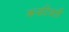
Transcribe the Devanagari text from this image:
कनटिवर्ती